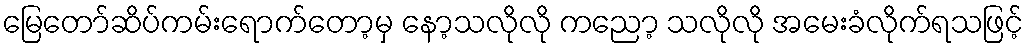
မြေတော်ဆိပ်ကမ်းရောက်တော့မှ နော့သလိုလို ကညော့ သလိုလို အမေးခံလိုက်ရသဖြင့်